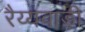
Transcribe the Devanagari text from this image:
रैय्यवाड़ी